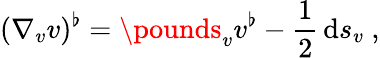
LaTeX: (\nabla_{v}v)^{\flat}=\pounds_{v}v^{\flat}-\frac{1}{2}\, \mathrm{d}s_{v}\ ,